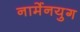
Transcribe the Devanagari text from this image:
नार्मेनयुग